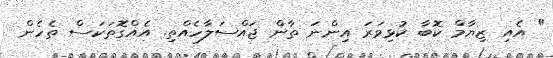
" އެއި ޒިޔާމް ކޮބާ ކުޅިވަރަ އިންނަ ތާން ޖައްސަލާހެއްތި. އެއްގޮތަކަސް ތެހެން